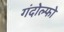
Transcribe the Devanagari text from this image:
गंदोल्फो